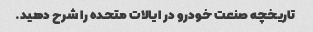
تاریخچه صنعت خودرو در ایالات متحده را شرح دهید.